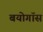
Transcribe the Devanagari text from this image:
बयोगॉस